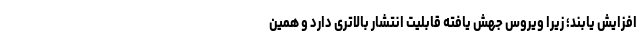
افزایش یابند؛ زیرا ویروس جهش یافته قابلیت انتشار بالاتری دارد و همین